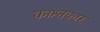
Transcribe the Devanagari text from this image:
काश्‍तकार